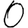
Digit: 0